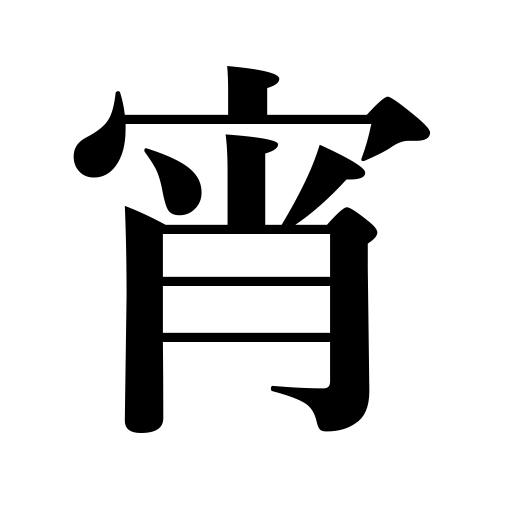
Meanings: early night hours,evening